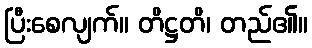
ပြီးစေလျက်။ တိဋ္ဌတိ၊ တည်၏။